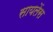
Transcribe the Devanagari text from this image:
सायलेंस